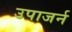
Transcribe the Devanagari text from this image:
उपाजर्न